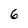
Character: 6